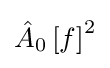
{\hat {A}}_{0}\left[f\right]^{2}